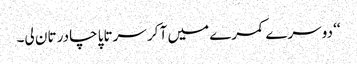
‘‘ دوسرے کمرے میں آ کر سرتاپا چادر تان لی۔